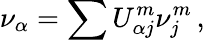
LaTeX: \nu_{\alpha}=\sum U_{\alpha j}^{m}\nu_{j}^{m}\, ,